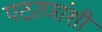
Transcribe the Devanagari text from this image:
पठाणांशी